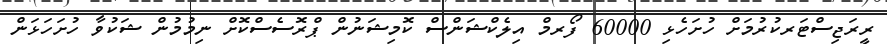
ރީރަޖިސްޓަރކުރުމަށް ހުށަހެޅި 60000 ފޯރމް އިލެކްޝަންސް ކޮމިޝަނުން ޕްރޮސެސްކޮށް ނިމުމުން ޝަކުވާ ހުށަހަޅަން